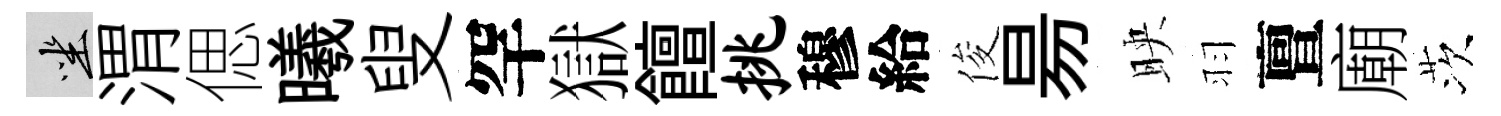
坐渭偲曦叟罕獄饘挑穆給俊昜映羽亶廟茨